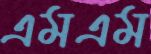
এমএম